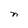
Character: n